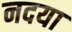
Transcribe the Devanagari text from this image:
नदया